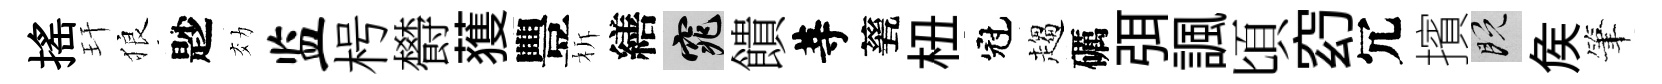
摇玕狼尟効监枵欎𫉬豐柝繕窕饋䓁甆杻冠趨礪弭諷頃𥥆冗擯既矦筆